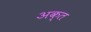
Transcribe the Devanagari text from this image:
अक्त